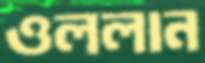
ওললান